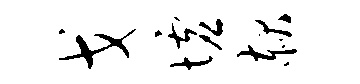
戈墟赧